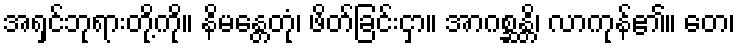
အရှင်ဘုရားတို့ကို။ နိမန္တေတုံ၊ ဖိတ်ခြင်းငှာ။ အာဂစ္ဆန္တိ၊ လာကုန်၏။ တေ၊